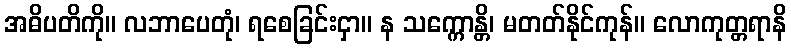
အဓိပတိကို။ လဘာပေတုံ၊ ရစေခြင်းငှာ။ န သက္ကောန္တိ၊ မတတ်နိုင်ကုန်။ လောကုတ္တရာနိ